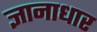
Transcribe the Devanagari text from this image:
ज्ञानाधार